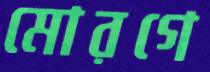
মোরগে